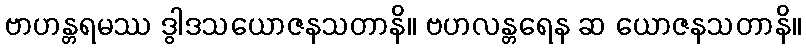
ဗာဟန္တရမဿ ဒွါဒသယောဇနသတာနိ။ ဗဟလန္တရေန ဆ ယောဇနသတာနိ။